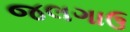
જલગાઉ